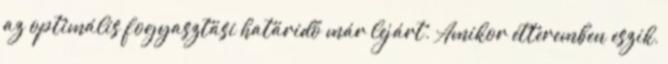
az optimális fogyasztási határidő már lejárt. Amikor étteremben eszik,